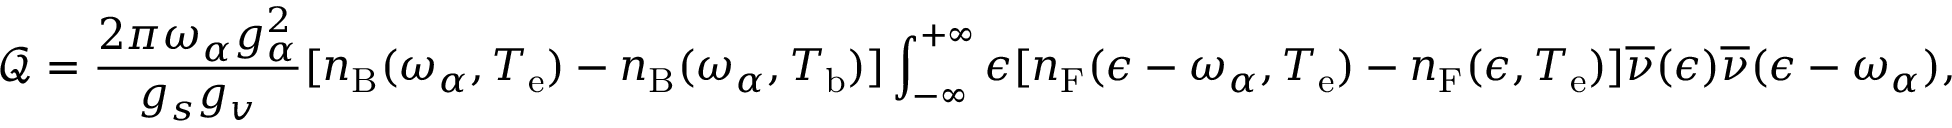
\mathcal { Q } = \frac { 2 \pi \omega _ { \alpha } g _ { \alpha } ^ { 2 } } { g _ { s } g _ { v } } [ n _ { \mathrm { B } } ( \omega _ { \alpha } , T _ { \mathrm { e } } ) - n _ { \mathrm { B } } ( \omega _ { \alpha } , T _ { \mathrm { b } } ) ] \int _ { - \infty } ^ { + \infty } \d \epsilon [ n _ { \mathrm { F } } ( \epsilon - \omega _ { \alpha } , T _ { \mathrm { e } } ) - n _ { \mathrm { F } } ( \epsilon , T _ { \mathrm { e } } ) ] \overline { { \nu } } ( \epsilon ) \overline { { \nu } } ( \epsilon - \omega _ { \alpha } ) ,